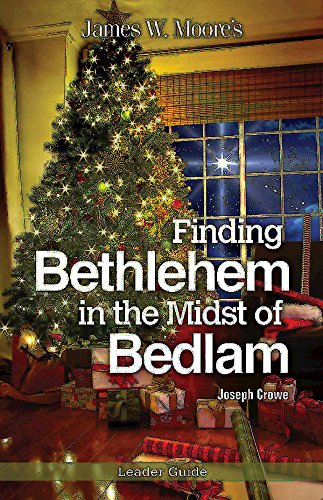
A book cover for Finding Bethlehem in the Midst of Bedlam Leader Guide: An Advent Study; James W. Moore; Christian Books & Bibles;